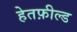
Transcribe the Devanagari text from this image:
हेतफ़ील्ड